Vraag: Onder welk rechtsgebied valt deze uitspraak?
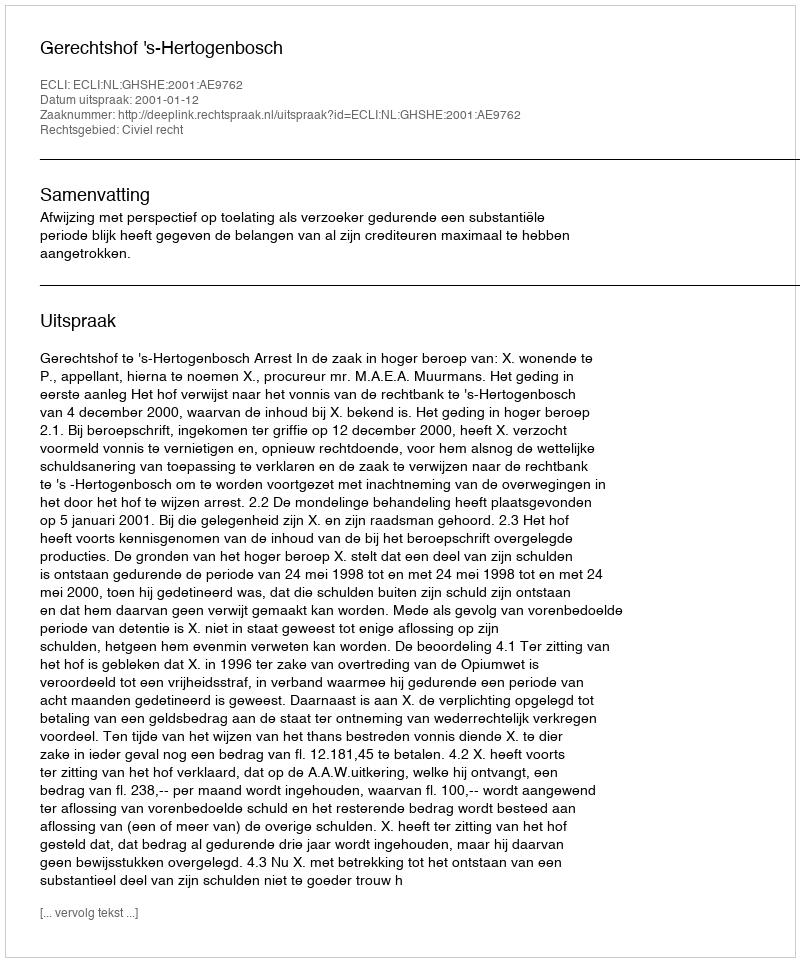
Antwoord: Civiel recht